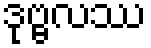
ဒုဗ္ဗလဿ